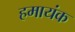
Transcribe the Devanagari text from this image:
हमायंक